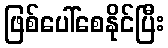
ဖြစ်ပေါ်စေနိုင်ပြီး